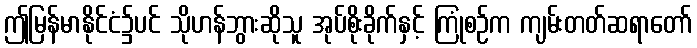
ဤမြန်မာနိုင်ငံ၌ပင် သိုဟန်ဘွားဆိုသူ အုပ်စိုးခိုက်နှင့် ကြုံစဉ်က ကျမ်းတတ်ဆရာတော်